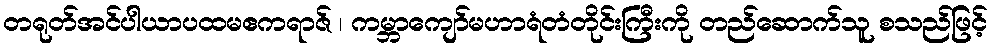
တရုတ်အင်ပါယာပထမဧကရာဇ် ၊ ကမ္ဘာကျော်မဟာရံတံတိုင်းကြီးကို တည်ဆောက်သူ စသည်ဖြင့်